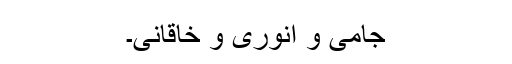
جامی و انوَری و خاقانی۔